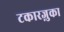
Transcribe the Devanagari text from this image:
टकारज़ुका